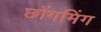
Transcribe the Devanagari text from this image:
छोंगमिंग